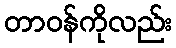
တာဝန်ကိုလည်း